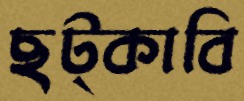
ছট্‌কাবি